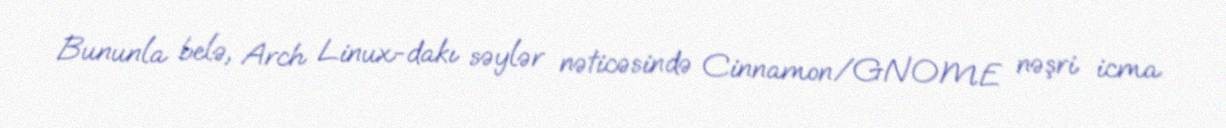
Bununla belə, Arch Linux-dakı səylər nəticəsində Cinnamon/GNOME nəşri icma